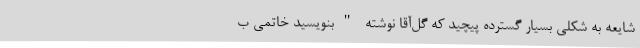
شایعه به شکلی بسیار گسترده پیچید که گل‌آقا نوشته "بنویسید خاتمی ب